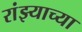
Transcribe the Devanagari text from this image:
रांझ्याच्या